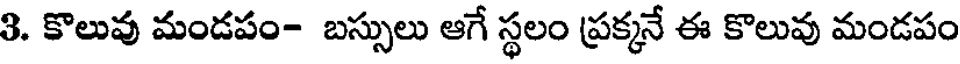
3. కొలువు మండపం- బస్సులు ఆగే స్థలం ప్రక్కనే ఈ కొలువు మండపం